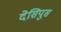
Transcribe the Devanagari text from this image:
देसिपुस